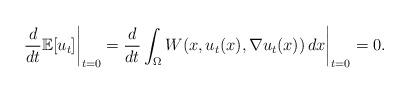
LaTeX: \begin{align*} \frac{d}{dt} \mathbb{E}[u_t] \bigg|_{t=0} = \frac{d}{dt} \int_\Omega W(x, u_t(x), \nabla u_t(x)) \, dx \bigg|_{t=0} =0. \end{align*}